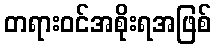
တရားဝင်အစိုးရအဖြစ်